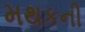
મથકની